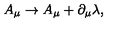
A _ { \mu } \rightarrow A _ { \mu } + \partial _ { \mu } \lambda ,